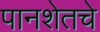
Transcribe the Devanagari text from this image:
पानशेतचे